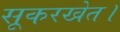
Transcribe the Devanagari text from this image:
सूकरखेत।